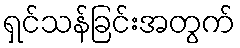
ရှင်သန်ခြင်းအတွက်